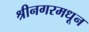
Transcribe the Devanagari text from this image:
श्रीनगरमधून